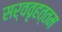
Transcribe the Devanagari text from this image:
सर्ववृहत्तम